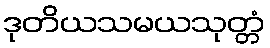
ဒုတိယသမယသုတ္တံ